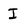
Character: I